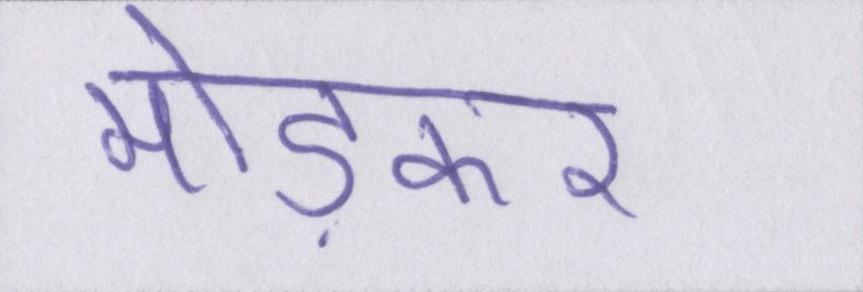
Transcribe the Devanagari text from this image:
मोड़कर